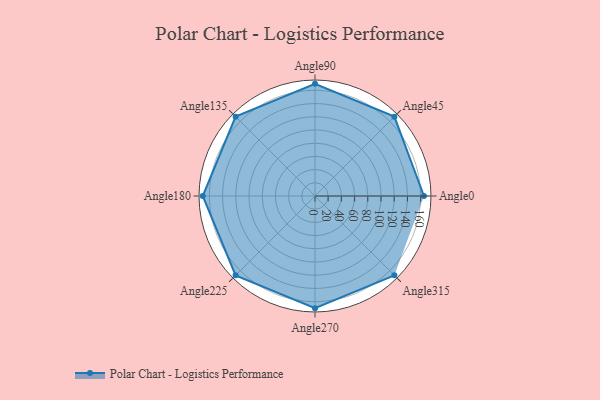
{"axis": {"x": "Angle", "y": "Radius"}, "legend": [""], "data": [{"x": "Angle0", "y": 165.0, "type": ""}, {"x": "Angle45", "y": 170, "type": ""}, {"x": "Angle90", "y": 170, "type": ""}, {"x": "Angle135", "y": 170, "type": ""}, {"x": "Angle180", "y": 170, "type": ""}, {"x": "Angle225", "y": 170, "type": ""}, {"x": "Angle270", "y": 170, "type": ""}, {"x": "Angle315", "y": 170, "type": ""}]}